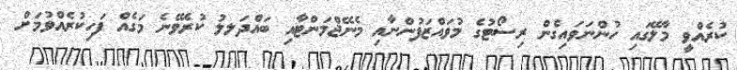
ކުރެއްވީ މާލޭގައި ހުންނަވައިގެން ރިސޯޓުގެ މުވައްޒަފުންނާއި މެނޭޖްމަންޓާއި ބައްދަލލު ކުރެވޭނެ މަގެއް ފަހިކުރެއްވުމަށް